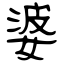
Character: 婆